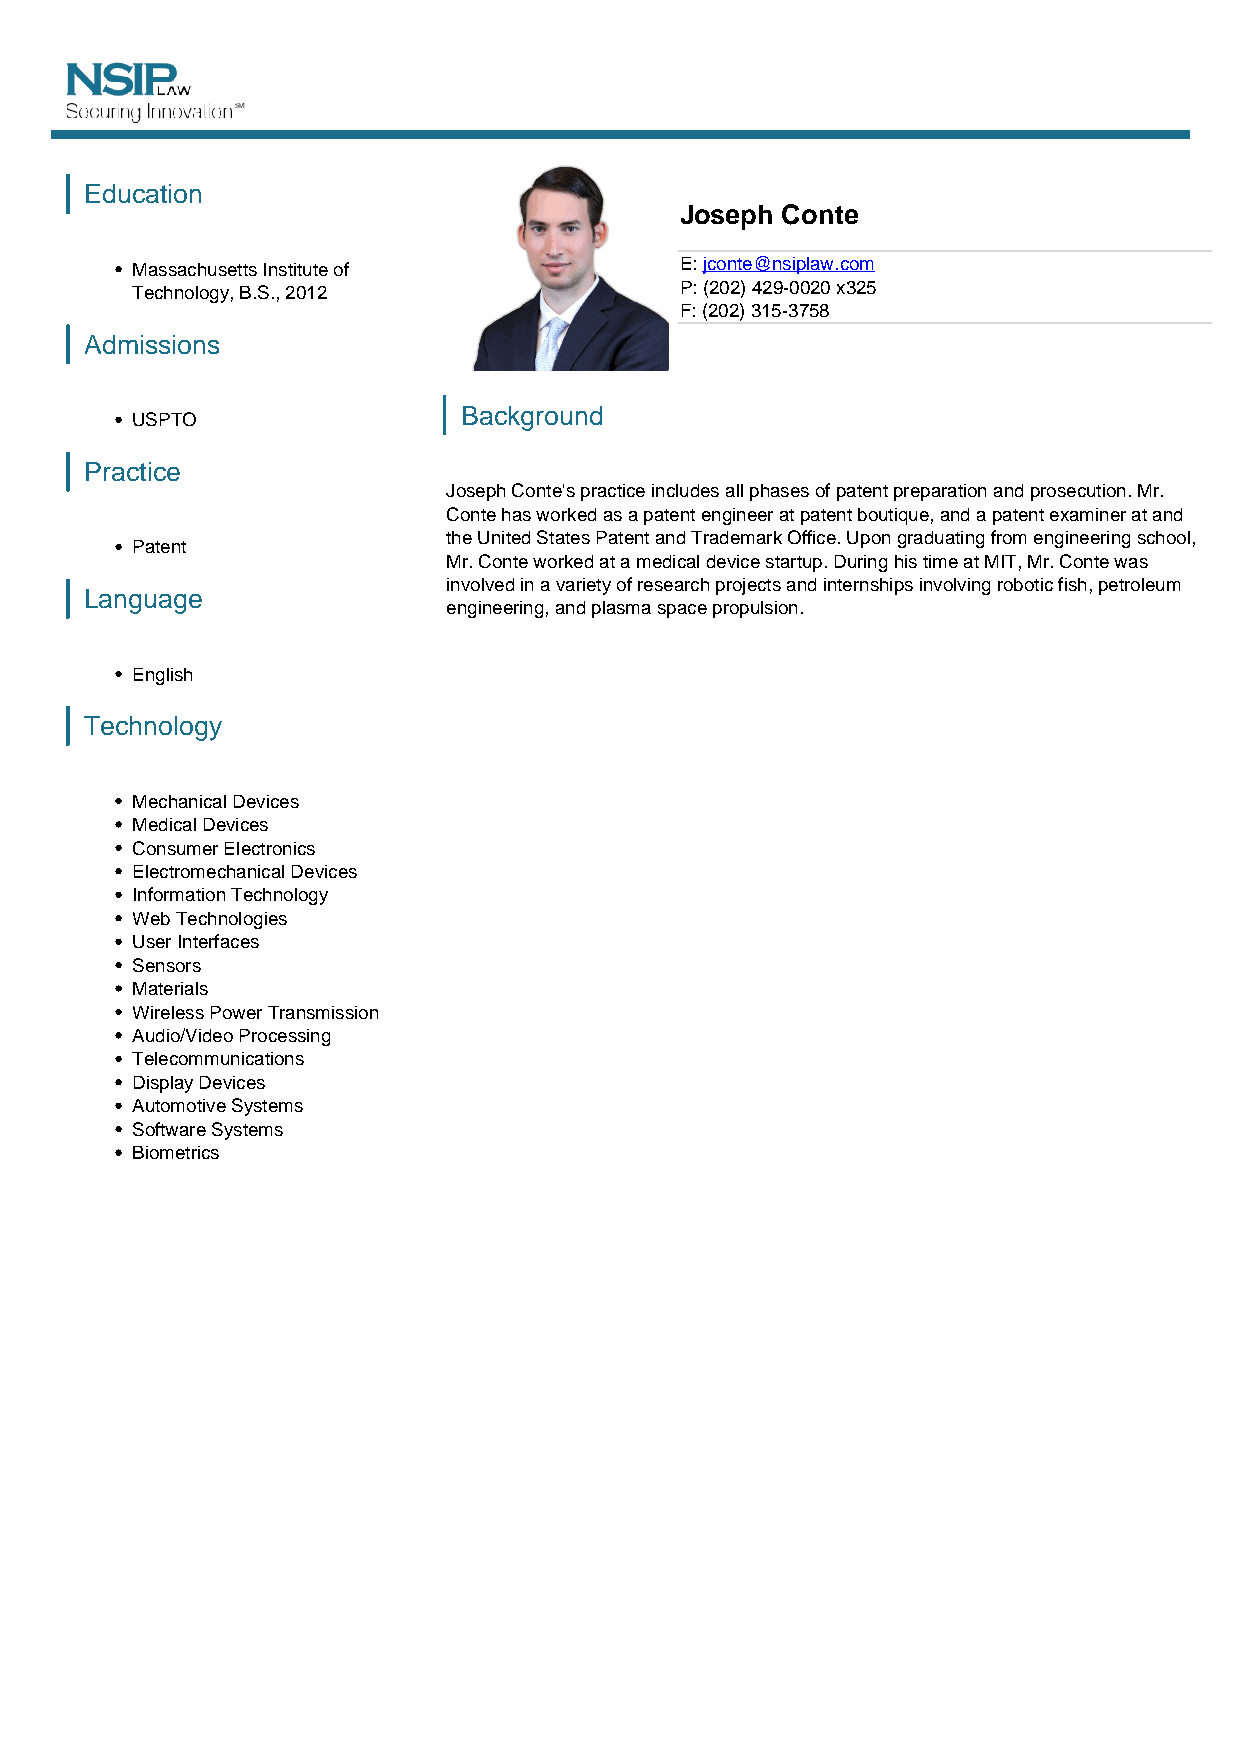
Education
 Joseph Conte
 Massachusetts Institute of          E: jconte@nsiplaw.com
 Technology, B.S., 2012              P: (202) 429-0020 x325
 F: (202) 315-3758
 Admissions
 Background
 USPTO
 Practice
 Joseph Conte's practice includes all phases of patent preparation and prosecution. Mr.
 Conte has worked as a patent engineer at patent boutique, and a patent examiner at and
 the United States Patent and Trademark Office. Upon graduating from engineering school,
 Patent
 Mr. Conte worked at a medical device startup. During his time at MIT, Mr. Conte was
 involved in a variety of research projects and internships involving robotic fish, petroleum
 Language
 engineering, and plasma space propulsion.
 English
 Technology
 Mechanical Devices
 Medical Devices
 Consumer Electronics
 Electromechanical Devices
 Information Technology
 Web Technologies
 User Interfaces
 Sensors
 Materials
 Wireless Power Transmission
 Audio/Video Processing
 Telecommunications
 Display Devices
 Automotive Systems
 Software Systems
 Biometrics
 Powered by TCPDF (www.tcpdf.org)